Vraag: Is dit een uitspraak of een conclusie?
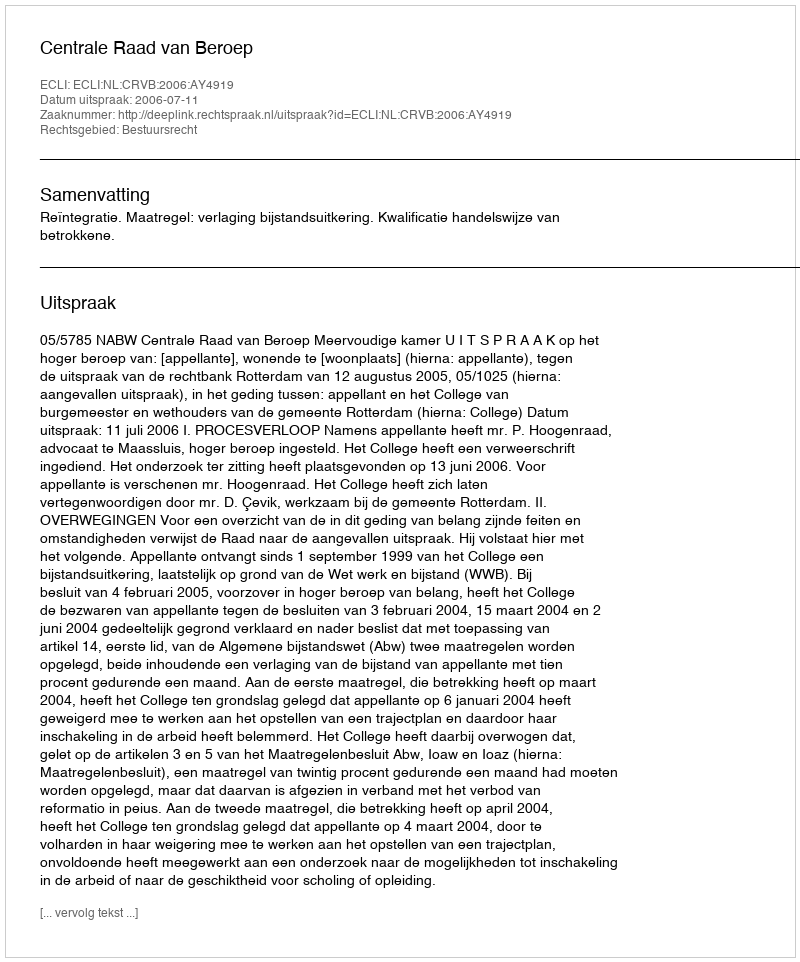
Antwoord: Uitspraak